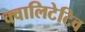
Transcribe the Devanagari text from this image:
क्वालिटेटिव